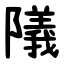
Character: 䧧